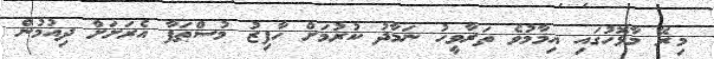
މިރޭ މާޅޮހުގައި އިމާމުވެ ތަރާވީހު ނަމާދު ކުރުމަށް ހާފިޒު މުސްޠަފާ އެރަށަށް ދިއުމުން